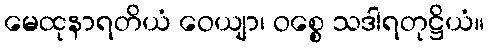
မေထုနာရတိယံ ဝေယျာ၊ ဝစ္စေ သဒါရတုဋ္ဌိယံ။